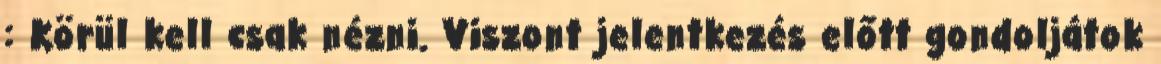
: Körül kell csak nézni. Viszont jelentkezés előtt gondoljátok